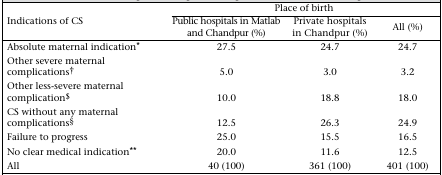
<table><thead><tr><td rowspan="2"><b>Indications of CS</b></td><td colspan="3"><b>Place of birth</b></td></tr><tr><td><b>Public hospitals in Matlab and Chandpur (%)</b></td><td><b>Private hospitals in Chandpur (%)</b></td><td><b>All (%)</b></td></tr></thead><tbody><tr><td>Absolute maternal indication*</td><td>27.5</td><td>24.7</td><td>24.7</td></tr><tr><td>Other severe maternal complications†</td><td>5.0</td><td>3.0</td><td>3.2</td></tr><tr><td>Other less-severe maternal complication$</td><td>10.0</td><td>18.8</td><td>18.0</td></tr><tr><td>CS without any maternal complications§</td><td>12.5</td><td>26.3</td><td>24.9</td></tr><tr><td>Failure to progress</td><td>25.0</td><td>15.5</td><td>16.5</td></tr><tr><td>No clear medical indication**</td><td>20.0</td><td>11.6</td><td>12.5</td></tr><tr><td>All</td><td>40 (100)</td><td>361 (100)</td><td>401 (100)</td></tr></tbody></table>